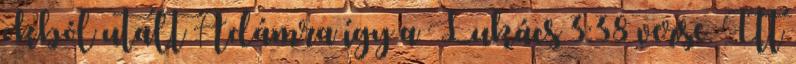
okból utalt Ádámra így a Lukács 3:38 verse. Itt